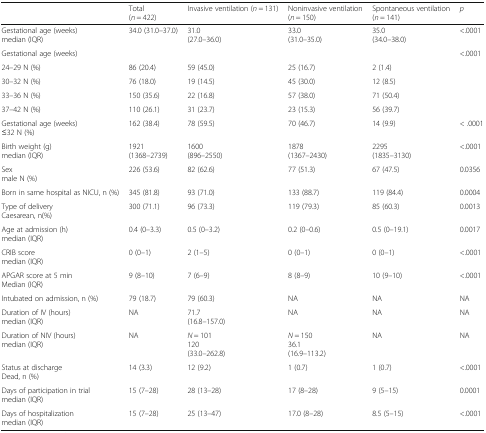
<table><thead><tr><td></td><td><b>Total(<i>n</i> = 422)</b></td><td><b>Invasive ventilation (<i>n</i> = 131)</b></td><td><b>Noninvasive ventilation(<i>n</i> = 150)</b></td><td><b>Spontaneous ventilation(<i>n</i> = 141)</b></td><td><b><i>p</i></b></td></tr></thead><tbody><tr><td>Gestational age (weeks)median (IQR)</td><td>34.0 (31.0–37.0)</td><td>31.0(27.0–36.0)</td><td>33.0(31.0–35.0)</td><td>35.0(34.0–38.0)</td><td>&lt;.0001</td></tr><tr><td>Gestational age (weeks)</td><td></td><td></td><td></td><td></td><td rowspan="5">&lt;.0001</td></tr><tr><td>24–29 N (%)</td><td>86 (20.4)</td><td>59 (45.0)</td><td>25 (16.7)</td><td>2 (1.4)</td></tr><tr><td>30–32 N (%)</td><td>76 (18.0)</td><td>19 (14.5)</td><td>45 (30.0)</td><td>12 (8.5)</td></tr><tr><td>33–36 N (%)</td><td>150 (35.6)</td><td>22 (16.8)</td><td>57 (38.0)</td><td>71 (50.4)</td></tr><tr><td>37–42 N (%)</td><td>110 (26.1)</td><td>31 (23.7)</td><td>23 (15.3)</td><td>56 (39.7)</td></tr><tr><td>Gestational age (weeks)≤32 N (%)</td><td>162 (38.4)</td><td>78 (59.5)</td><td>70 (46.7)</td><td>14 (9.9)</td><td>&lt; .0001</td></tr><tr><td>Birth weight (g)median (IQR)</td><td>1921(1368–2739)</td><td>1600(896–2550)</td><td>1878(1367–2430)</td><td>2295(1835–3130)</td><td>&lt;.0001</td></tr><tr><td>Sexmale N (%)</td><td>226 (53.6)</td><td>82 (62.6)</td><td>77 (51.3)</td><td>67 (47.5)</td><td>0.0356</td></tr><tr><td>Born in same hospital as NICU, n (%)</td><td>345 (81.8)</td><td>93 (71.0)</td><td>133 (88.7)</td><td>119 (84.4)</td><td>0.0004</td></tr><tr><td>Type of deliveryCaesarean, n(%)</td><td>300 (71.1)</td><td>96 (73.3)</td><td>119 (79.3)</td><td>85 (60.3)</td><td>0.0013</td></tr><tr><td>Age at admission (h)median (IQR)</td><td>0.4 (0–3.3)</td><td>0.5 (0–3.2)</td><td>0.2 (0–0.6)</td><td>0.5 (0–19.1)</td><td>0.0017</td></tr><tr><td>CRIB scoremedian (IQR)</td><td>0 (0–1)</td><td>2 (1–5)</td><td>0 (0–1)</td><td>0 (0–1)</td><td>&lt;.0001</td></tr><tr><td>APGAR score at 5 minMedian (IQR)</td><td>9 (8–10)</td><td>7 (6–9)</td><td>8 (8–9)</td><td>10 (9–10)</td><td>&lt;.0001</td></tr><tr><td>Intubated on admission, n (%)</td><td>79 (18.7)</td><td>79 (60.3)</td><td>NA</td><td>NA</td><td>NA</td></tr><tr><td>Duration of IV (hours)median (IQR)</td><td>NA</td><td>71.7(16.8–157.0)</td><td>NA</td><td>NA</td><td>NA</td></tr><tr><td>Duration of NIV (hours)median (IQR)</td><td>NA</td><td><i>N</i> = 101120(33.0–262.8)</td><td><i>N</i> = 15036.1(16.9–113.2)</td><td>NA</td><td>NA</td></tr><tr><td>Status at dischargeDead, n (%)</td><td>14 (3.3)</td><td>12 (9.2)</td><td>1 (0.7)</td><td>1 (0.7)</td><td>&lt;.0001</td></tr><tr><td>Days of participation in trialmedian (IQR)</td><td>15 (7–28)</td><td>28 (13–28)</td><td>17 (8–28)</td><td>9 (5–15)</td><td>0.0001</td></tr><tr><td>Days of hospitalizationmedian (IQR)</td><td>15 (7–28)</td><td>25 (13–47)</td><td>17.0 (8–28)</td><td>8.5 (5–15)</td><td>&lt;.0001</td></tr></tbody></table>